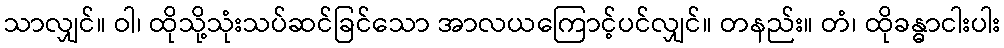
သာလျှင်။ ဝါ၊ ထိုသို့သုံးသပ်ဆင်ခြင်သော အာလယကြောင့်ပင်လျှင်။ တနည်း။ တံ၊ ထိုခန္ဓာငါးပါး